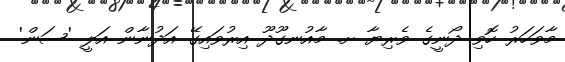
މާވަހަރު ހޮވި ދޯނީގެ ވެރިޔާ ށ. މާއުނގޫދޫ އިރުވައިގޭ އަދުނާން އަލީ 'ސަން'